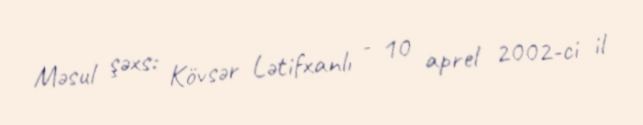
Məsul şəxs: Kövsər Lətifxanlı - 10 aprel 2002-ci il